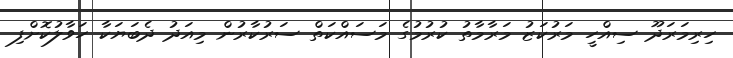
ހިރިމަރަދޫ ސިއްހީ މަރުކަޒު މަރާމާތު ކުރުމުގެ މަސައްކަތް ސަރުކާރުން މިއަދު ދެބަޔަކާ ހަވާލުކޮށްފި